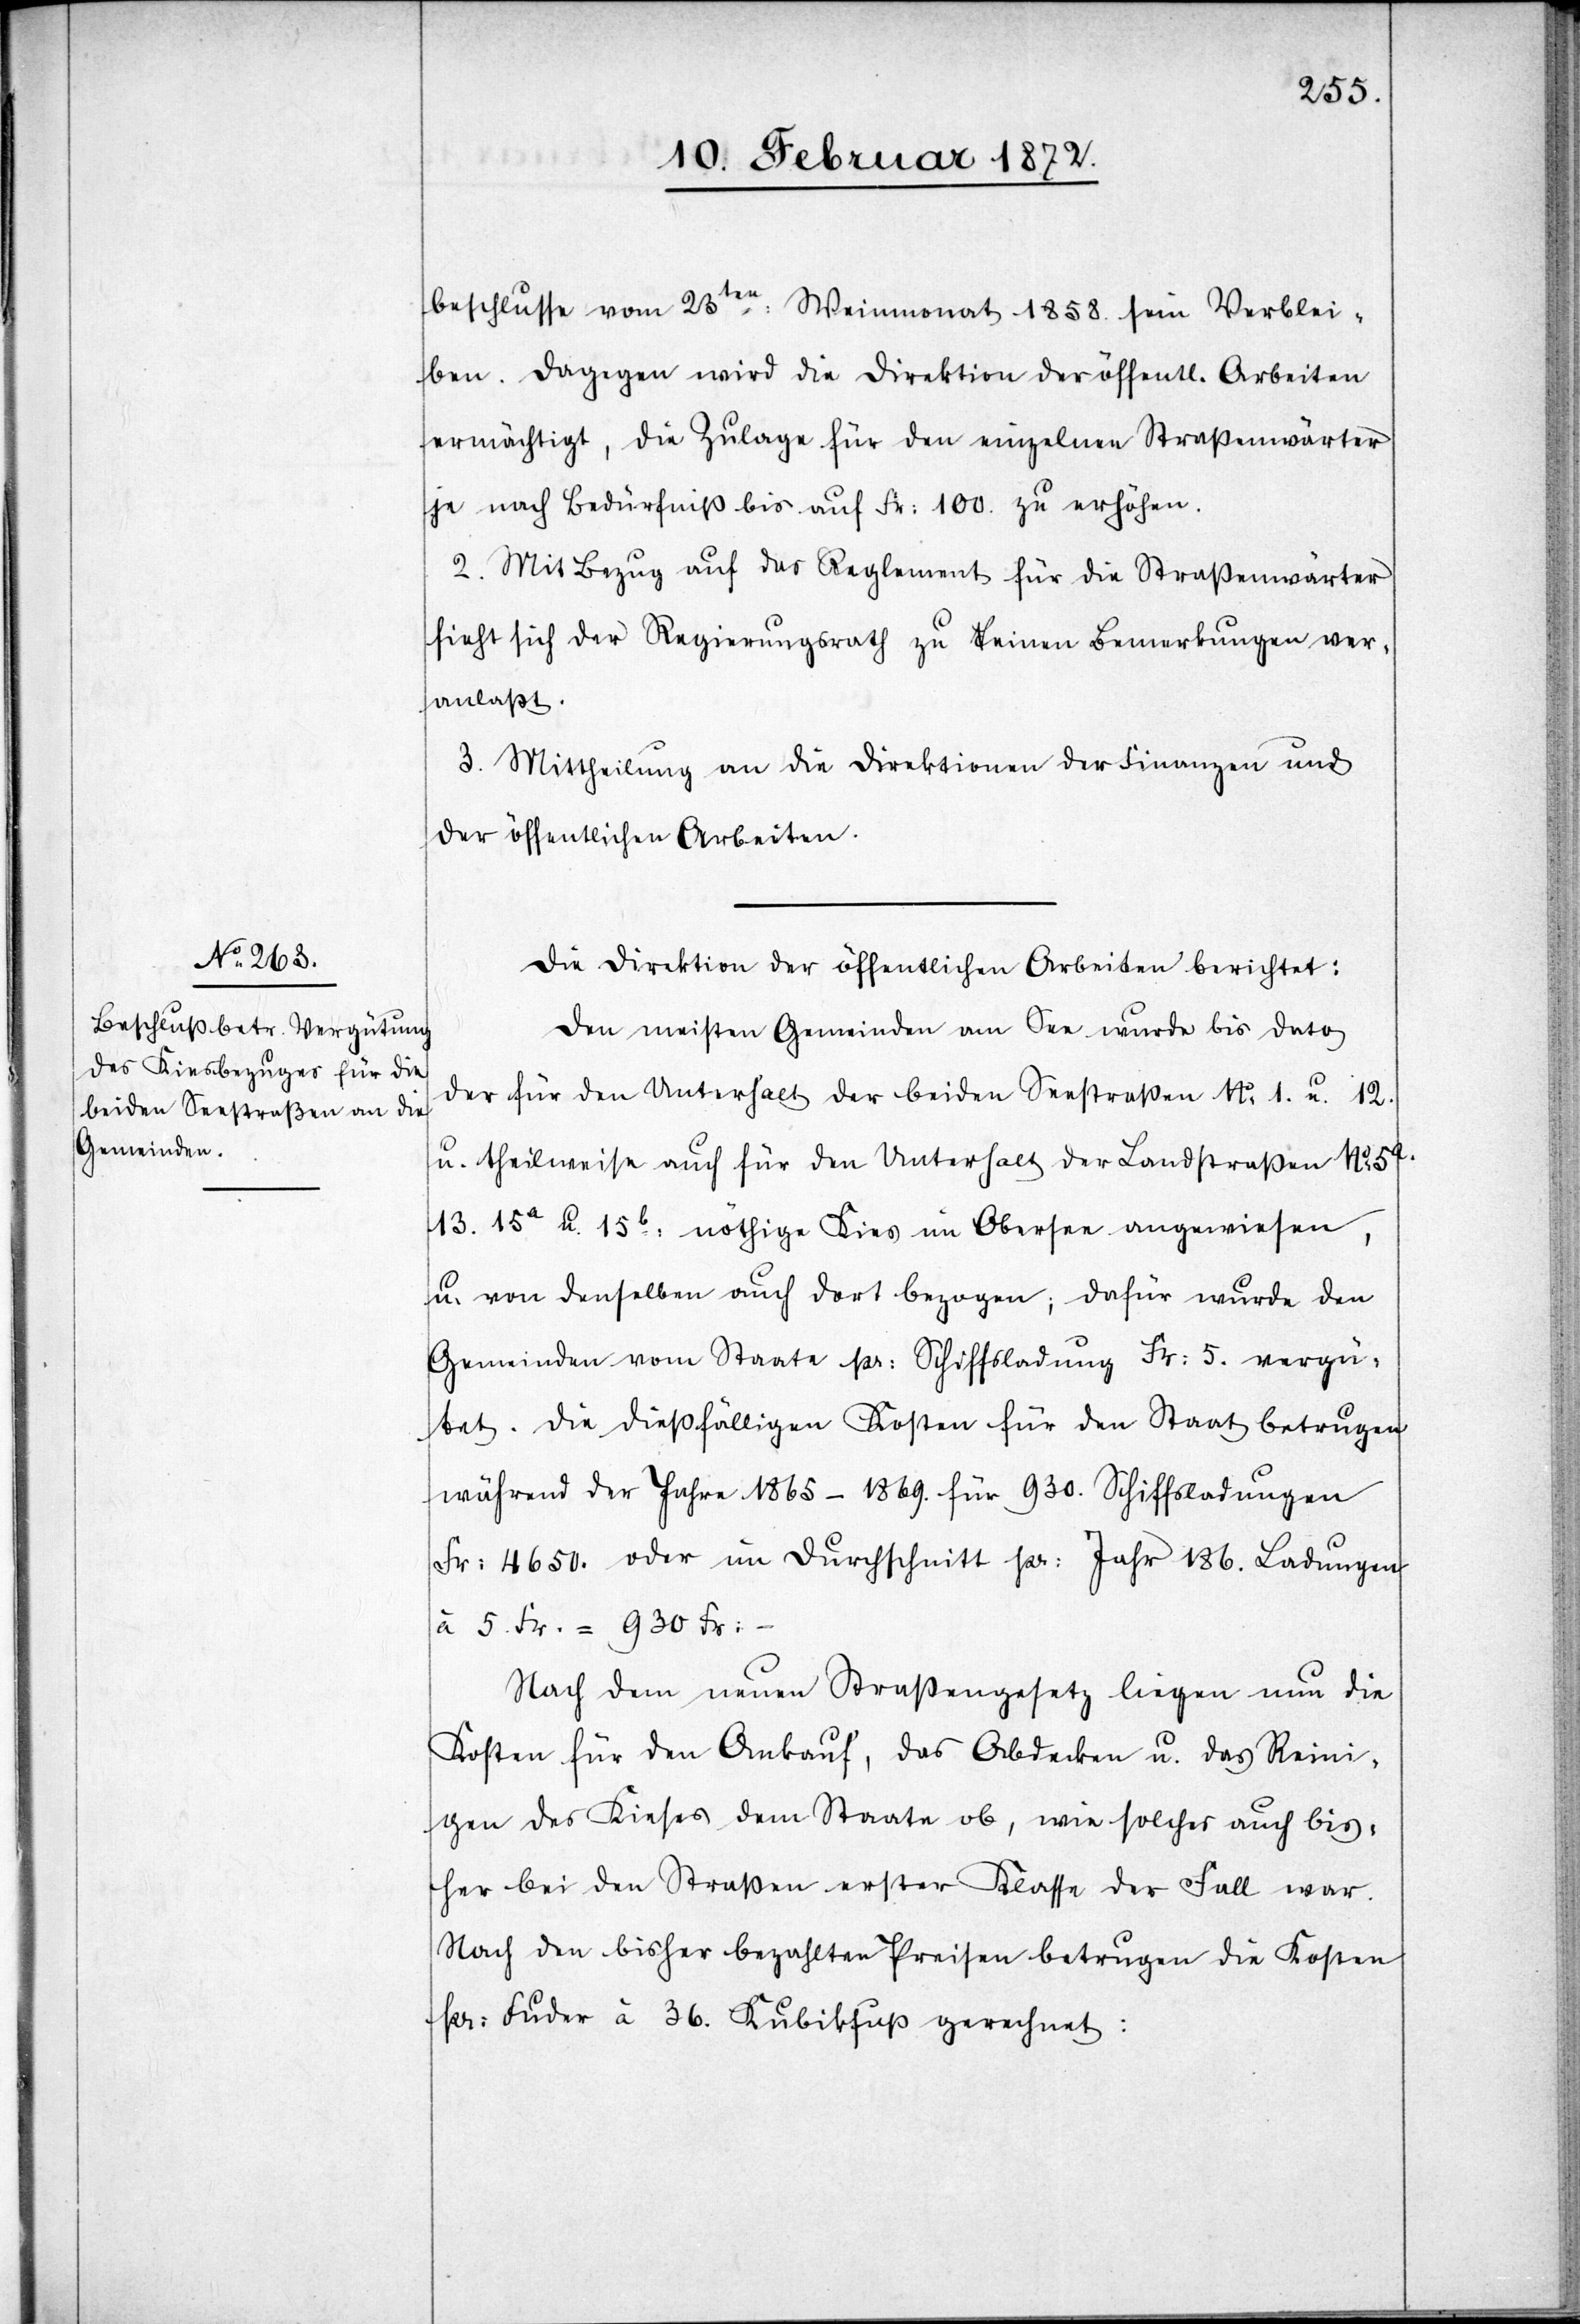
beschlusse vom 23ten Weinmonat 1858. sein Verblei¬
ben. Dagegen wird die Direktion der öffentlichen Arbeiten
ermächtigt, die Zulage für den einzelnen Straßenwärter
je nach Bedürfniß bis auf Fr. 100. zu erhöhen.
2. Mit Bezug auf das Reglement für die Straßenwärter
sieht sich der Regierungsrath zu keinen Bemerkungen ver¬
anlaßt.
3. Mittheilung an die Direktion der Finanzen und
der öffentlichen Arbeiten.
Die Direktion der öffentlichen Arbeiten berichtet:
Den meisten Gemeinden am See wurde bis dato
der für den Unterhalt der beiden Seestraßen No 1. u. 12.
u. theilweise auch für den Unterhalt der Landstraßen No 5a
13. 15a u. 15b nöthige Kies im Obersee angewiesen,
u. von denselben auch dort bezogen; dafür wurde den
Gemeinden vom Staate pr. Schiffsladung Fr. 5. vergü¬
tet. Die dießfälligen Kosten für den Staat betrugen
während der Jahre 1865–1869. für 930. Schiffsladungen
Fr. 4650. oder im Durchschnitt pr. Jahr 186. Ladungen
5. Fr. = 930 Fr.–
Nach dem neuen Straßengesetz liegen nun die
Kosten für den Ankauf, das Abdecken u. das Reini¬
gen des Kieses dem Staate ob, wie solches auch bis¬
her bei den Straßen erster Klasse der Fall war.
Nach den bisher bezahlten Preisen betrugen die Kosten
pr. Fuder à 36. Kubikfuß gerechnet: